Lunatic asylums Punjab 1911-1921 - 1911-1921
Year: 1911
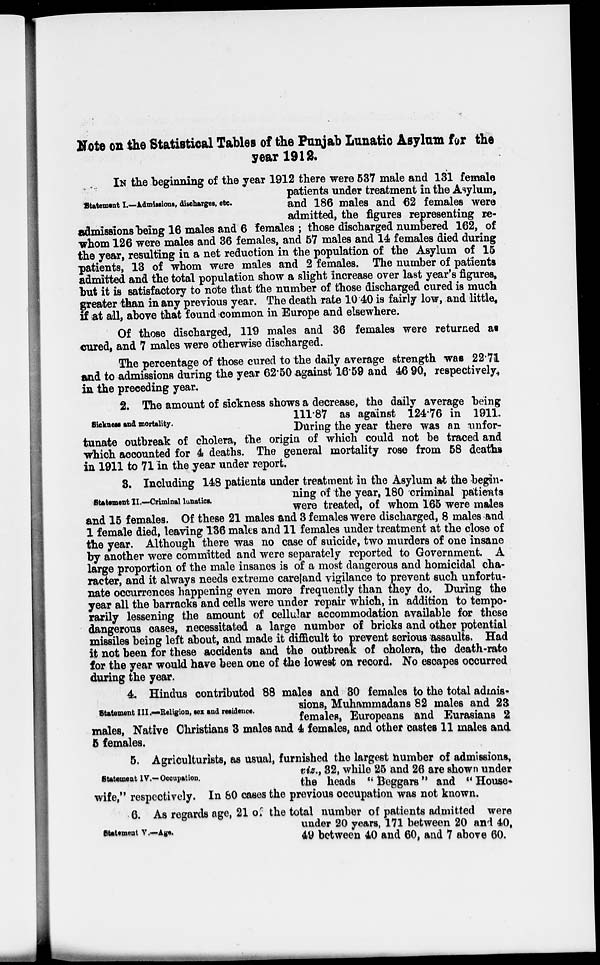
Note on the Statistical Tables of the Punjab Lunatic Asylum for the
year 1912.
Statement I.—Admissions, discharges, etc.
IN the beginning of the year 1912 there were 537 male and 131 female
patients under treatment in the Asylum,
and 186 males and 62 females were
admitted, the figures representing re-
admissions being 16 males and 6 females; those discharged numbered 162, of
whom 126 were males and 36 females, and 57 males and 14 females died during
the year, resulting in a net reduction in the population of the Asylum of 15
patients, 13 of whom were males and 2 females. The number of patients
admitted and the total population show a slight increase over last year's figures,
but it is satisfactory to note that the number of those discharged cured is much
greater than in any previous year. The death rate 10.40 is fairly low, and little,
if at all, above that found common in Europe and elsewhere.
Of those discharged, 119 males and 36 females were returned as
cured, and 7 males were otherwise discharged.
The percentage of those cured to the daily average strength was 22.71
and to admissions during the year 62.50 against 16.59 and 46.90, respectively,
in the preceding year.
Sickness and mortality.
2. The amount of sickness shows a decrease, the daily average being
111.87 as against 124.76 in 1911.
During the year there was an unfor-
tunate outbreak of cholera, the origin of which could not be traced and
which accounted for 4 deaths. The general mortality rose from 58 deaths
in 1911 to 71 in the year under report.
Statament II.—Criminal lunatics.
3. Including 148 patients under treatment in the Asylum at the begin-
ning of the year, 180 criminal patients
were treated, of whom 165 were males
and 15 females. Of these 21 males and 3 females were discharged, 8 males and
1 female died, leaving 136 males and 11 females under treatment at the close of
the year. Although there was no case of suicide, two murders of one insane
by another were committed and were separately reported to Government. A
large proportion of the male insanes is of a most dangerous and homicidal cha-
racter, and it always needs extreme care and vigilance to prevent such unfortu-
nate occurrences happening even more frequently than they do. During the
year all the barracks and cells were under repair which, in addition to tempo-
rarily lessening the amount of cellular accommodation available for these
dangerous cases, necessitated a large number of bricks and other potential
missiles being left about, and made it difficult to prevent serious assaults. Had
it not been for these accidents and the outbreak of cholera, the death-rate
for the year would have been one of the lowest on record. No escapes occurred
during the year.
Statement III.-Religion, sex and residence.
4. Hindus contributed 88 males and 30 females to the total admis-
sions, Muhammadans 82 males and 23
females, Europeans and Eurasians 2
males, Native Christians 3 males and 4 females, and other castes 11 males and
5 females.
Statement IV.—Occupation.
5. Agriculturists, as usual, furnished the largest number of admissions,
viz., 32, while 25 and 26 are shown under
the heads "Beggars" and "House-
wife," respectively. In 80 cases the previous occupation was not known.
Statement V.—Age.
6. As regards age, 21 of the total number of patients admitted were
under 20 years, 171 between 20 and 40,
49 between 40 and 60, and 7 above 60.